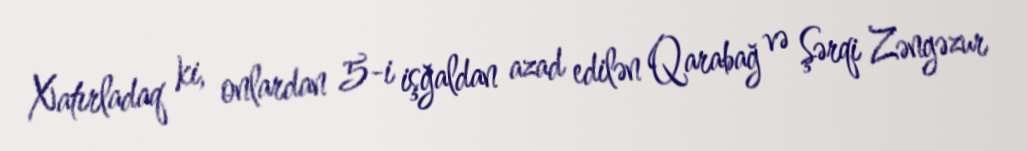
Xatırladaq ki, onlardan 5-i işğaldan azad edilən Qarabağ və Şərqi Zəngəzur